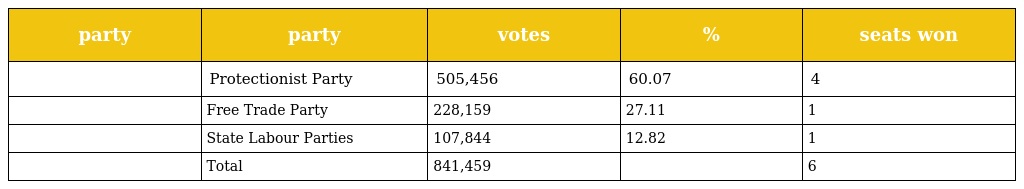
| party | party | votes | % | seats won |
 | --- | --- | --- | --- | --- |
 |  | Protectionist Party | 505,456 | 60.07 | 4 |
 |  | Free Trade Party | 228,159 | 27.11 | 1 |
 |  | State Labour Parties | 107,844 | 12.82 | 1 |
 |  | Total | 841,459 |  | 6 |